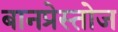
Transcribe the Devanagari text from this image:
बानप्रेस्तोज